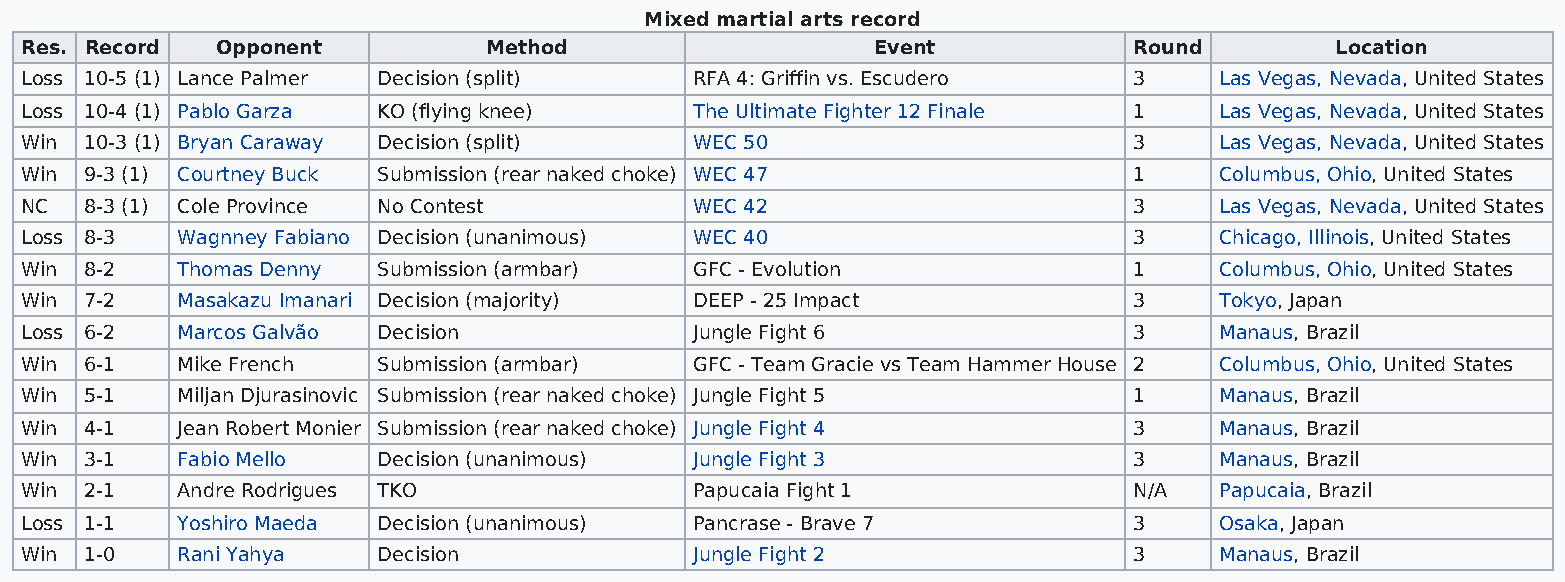
Mixed martial arts record
 Res. Record  Opponent          Method                    Event            Round        Location
 Loss 10-5 (1) Lance Palmer Decision (split)  RFA 4: Griffin vs. Escudero  3     Las Vegas, Nevada, United States
 Loss 10-4 (1) Pablo Garza KO (flying knee)   The Ultimate Fighter 12 Finale 1   Las Vegas, Nevada, United States
 Win  10-3 (1) Bryan Caraway Decision (split) WEC 50                       3     Las Vegas, Nevada, United States
 Win  9-3 (1) Courtney Buck Submission (rear naked choke) WEC 47           1     Columbus, Ohio, United States
 NC   8-3 (1) Cole Province No Contest        WEC 42                       3     Las Vegas, Nevada, United States
 Loss 8-3   Wagnney Fabiano Decision (unanimous) WEC 40                    3     Chicago, Illinois, United States
 Win  8-2   Thomas Denny Submission (armbar)  GFC - Evolution              1     Columbus, Ohio, United States
 Win  7-2   Masakazu Imanari Decision (majority) DEEP - 25 Impact          3     Tokyo, Japan
 Loss 6-2   Marcos Galvão Decision            Jungle Fight 6               3     Manaus, Brazil
 Win  6-1   Mike French  Submission (armbar)  GFC - Team Gracie vs Team Hammer House 2 Columbus, Ohio, United States
 Win  5-1   Miljan Djurasinovic Submission (rear naked choke) Jungle Fight 5 1   Manaus, Brazil
 Win  4-1   Jean Robert Monier Submission (rear naked choke) Jungle Fight 4 3    Manaus, Brazil
 Win  3-1   Fabio Mello  Decision (unanimous) Jungle Fight 3               3     Manaus, Brazil
 Win  2-1   Andre Rodrigues TKO               Papucaia Fight 1             N/A   Papucaia, Brazil
 Loss 1-1   Yoshiro Maeda Decision (unanimous) Pancrase - Brave 7          3     Osaka, Japan
 Win  1-0   Rani Yahya   Decision             Jungle Fight 2               3     Manaus, Brazil